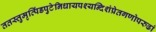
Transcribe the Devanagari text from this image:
ततस्तुमृत्पिंडपुटेनिधायपश्यन्दिशंप्रेतगणोपरुढां